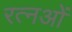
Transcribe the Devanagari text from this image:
रत्नओं